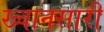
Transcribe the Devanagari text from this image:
ख्वानसारी